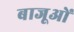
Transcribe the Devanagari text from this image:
बाजूओं